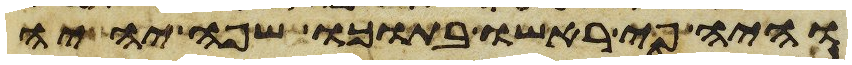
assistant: והיה פי ראשו בתוכו שפה יהיה